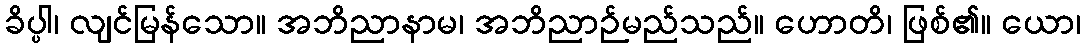
ခိပ္ပါ၊ လျင်မြန်သော။ အဘိညာနာမ၊ အဘိညာဉ်မည်သည်။ ဟောတိ၊ ဖြစ်၏။ ယော၊